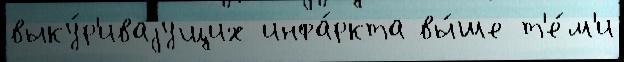
выку́р'иваjущих инфа́ркта вы́ше т'е́м'и